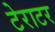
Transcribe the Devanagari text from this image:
टेराटर